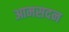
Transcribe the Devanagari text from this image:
आमसदन